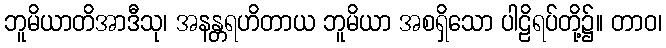
ဘူမိယာတိအာဒီသု၊ အနန္တရဟိတာယ ဘူမိယာ အစရှိသော ပါဠိရပ်တို့၌။ တာဝ၊